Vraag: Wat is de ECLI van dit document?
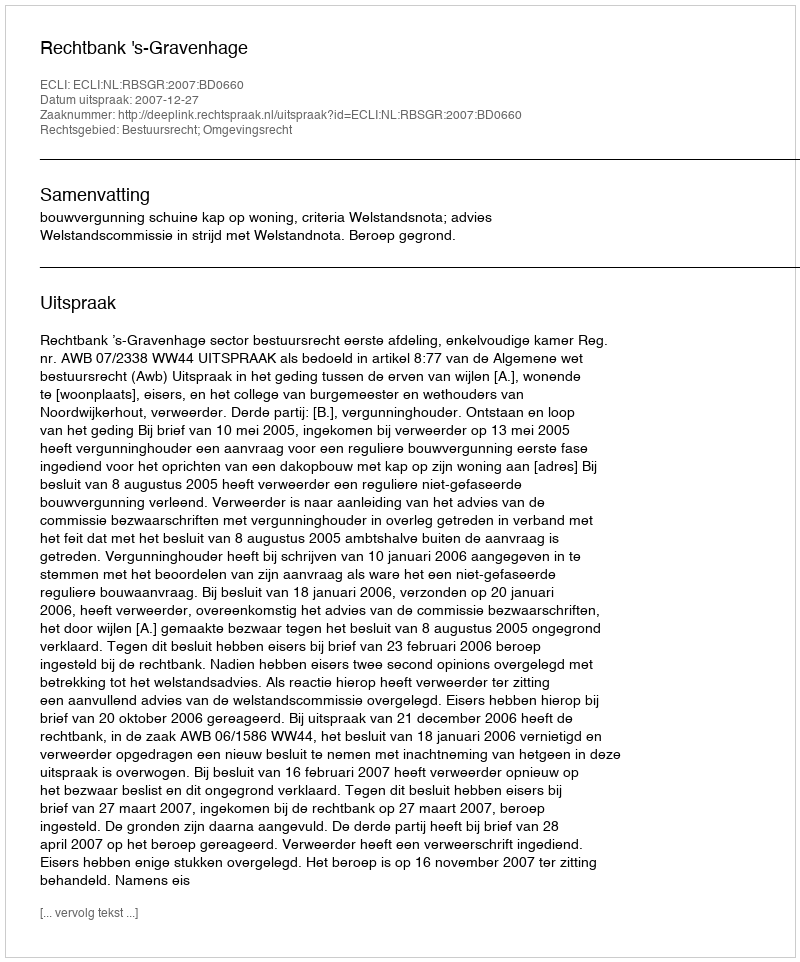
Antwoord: ECLI:NL:RBSGR:2007:BD0660